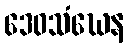
ဒေဝသံဃေန